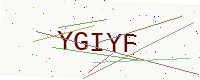
Text: YGIYF